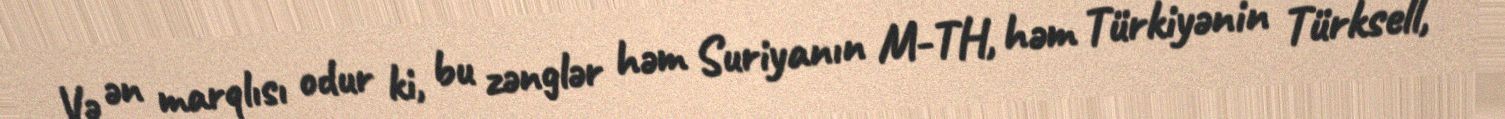
Və ən marqlısı odur ki, bu zənglər həm Suriyanın M-TH, həm Türkiyənin Türksell,